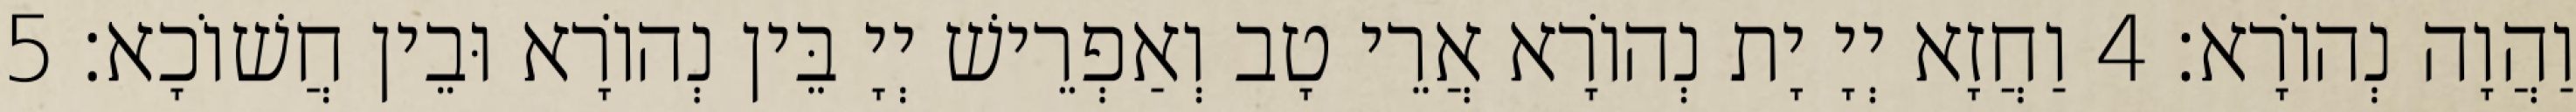
וַהֲוָה נְהוֹרָא׃ 4 וַחֲזָא יְיָ יָת נְהוֹרָא אֲרֵי טָב וְאַפְרֵישׁ יְיָ בֵּין נְהוֹרָא וּבֵין חֲשׁוֹכָא׃ 5